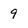
Character: 9